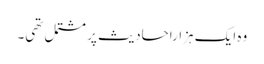
وہ ایک ہزاراحادیث پر مشتمل تھی۔